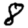
Digit: 8